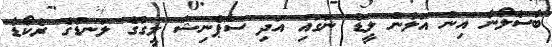
ބާސެލޯނާ އިން އަލުން ލީޑު ނަގައި އަދި ސްޕެނިޝް ލީގުގެ ލަނޑުގެ ރެކޯޑާ